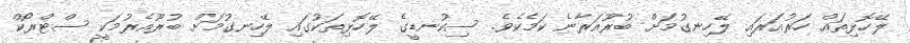
ލޭހޮޅިތައް ހަރުއަރައި ލޭހިނގުމަށް ބުރޫއަރާނެ ކަމެކެވެ. ސިކުނޑީގެ ލޭހޮޅިތަކުގައި ލޭހިނގުމަށް ބުރޫއެރުމަކީ ސްޓްރޯކް